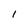
Character: 1